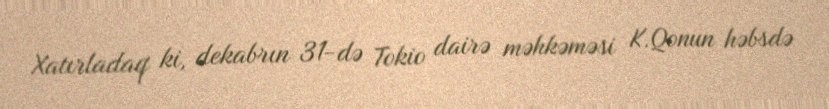
Xatırladaq ki, dekabrın 31-də Tokio dairə məhkəməsi K.Qonun həbsdə